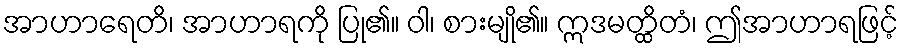
အာဟာရေတိ၊ အာဟာရကို ပြု၏။ ဝါ၊ စားမျို၏။ ဣဒမတ္ထိတံ၊ ဤအာဟာရဖြင့်